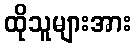
ထိုသူများအား